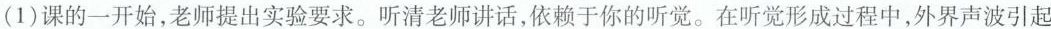
(1)课的一开始，老师提出实验要求。听清老师讲话，依赖于你的听觉。在听觉形成过程中，外界声波引起